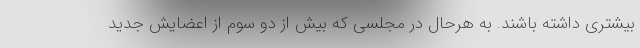
بیشتری داشته باشند. به هرحال در مجلسی که بیش از دو سوم از اعضایش جدید